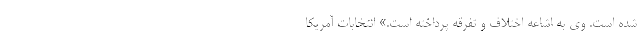
شده است. وی به اشاعه اختلاف و تفرقه پرداخته است.» انتخابات آمریکا